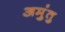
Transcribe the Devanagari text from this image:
अमुंतु